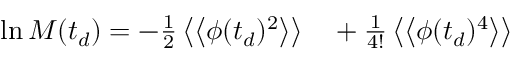
\begin{array} { r l } { \ln M ( t _ { d } ) = - \frac { 1 } { 2 } \left\langle \left\langle \phi ( t _ { d } ) ^ { 2 } \right\rangle \right\rangle } & { { } + \frac { 1 } { 4 ! } \left\langle \left\langle \phi ( t _ { d } ) ^ { 4 } \right\rangle \right\rangle } \end{array}